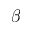
\beta